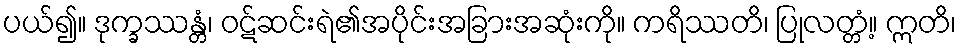
ပယ်၍။ ဒုက္ခဿန္တံ၊ ဝဋ်ဆင်းရဲ၏အပိုင်းအခြားအဆုံးကို။ ကရိဿတိ၊ ပြုလတ္တံ့။ ဣတိ၊